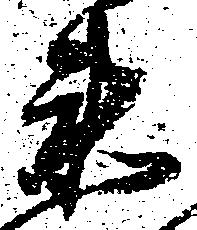
衛